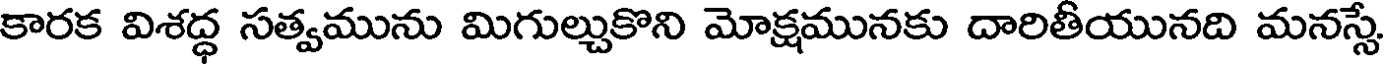
కారక విశద్ధ సత్వమును మిగుల్చుకొని మోక్షమునకు దారితీయునది మనస్సే